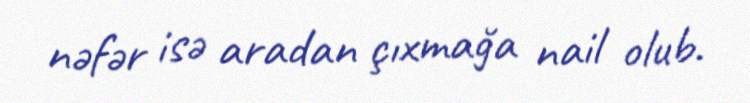
nəfər isə aradan çıxmağa nail olub.